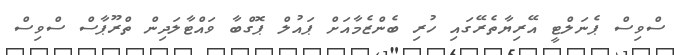
ސްވިސް ޕެނަލްޓީ އޭރިޔާތެރޭގައި ހުރި ބެންޒެމާއަށް ޕައުލް ޕޮގްބާ ވައްޓާލަދިން ތްރޫޕާސް ސްވިސް